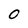
Character: O